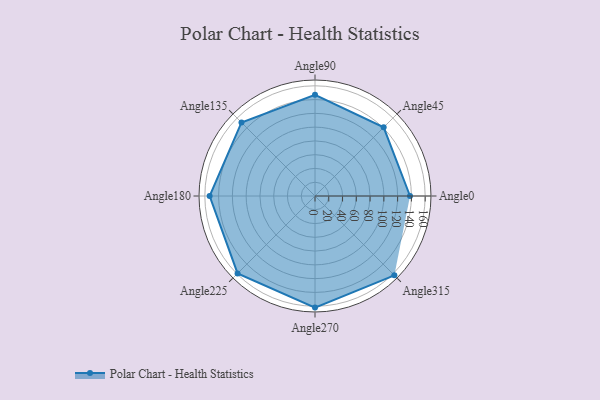
{"axis": {"x": "Angle", "y": "Radius"}, "legend": [""], "data": [{"x": "Angle0", "y": 138.0, "type": ""}, {"x": "Angle45", "y": 141.0, "type": ""}, {"x": "Angle90", "y": 147.0, "type": ""}, {"x": "Angle135", "y": 151.0, "type": ""}, {"x": "Angle180", "y": 153.0, "type": ""}, {"x": "Angle225", "y": 159.0, "type": ""}, {"x": "Angle270", "y": 162.0, "type": ""}, {"x": "Angle315", "y": 163.0, "type": ""}]}